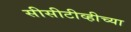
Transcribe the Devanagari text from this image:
सीसीटीव्हीच्या